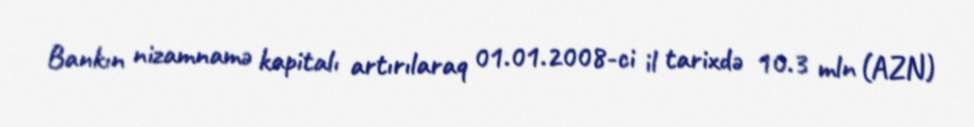
Bankın nizamnamə kapitalı artırılaraq 01.01.2008-ci il tarixdə 10.3 mln (AZN)